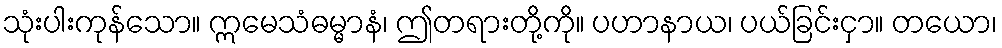
သုံးပါးကုန်သော။ ဣမေသံဓမ္မာနံ၊ ဤတရားတို့ကို။ ပဟာနာယ၊ ပယ်ခြင်းငှာ။ တယော၊